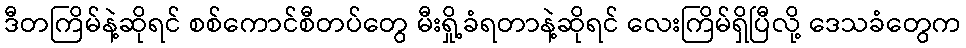
ဒီတကြိမ်နဲ့ဆိုရင် စစ်ကောင်စီတပ်တွေ မီးရှို့ခံရတာနဲ့ဆိုရင် လေးကြိမ်ရှိပြီလို့ ဒေသခံတွေက